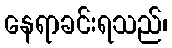
နေရာခင်းရသည်၊